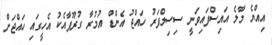
އިއްޔެ މާލެ އައިސްފައިވަނީ ސިސިލްފަރު ހައްޖު އެންޑް އުމުރާ ގުރޫޕާއެކު އެހީގައި ހަައްޖަށް